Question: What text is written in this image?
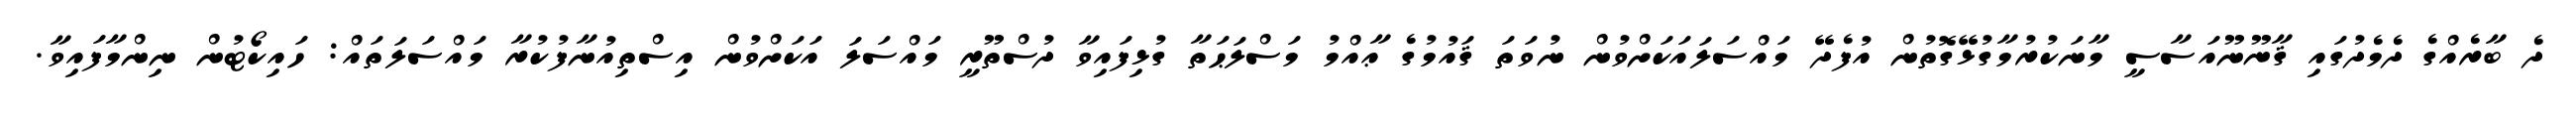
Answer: ދެ ބާރެއްގެ ދެމެދުގައި ޤާނޫނޫއަސާސީ މާނަކުރުމާގުޅޭގޮތުން އުފެދޭ މައްސަލައަކަށްވުން ނުވަތަ ޤައުމުގެ ޢާއްމު މަސްލަޙަތާ ގުޅިފައިވާ ދުސްތޫރީ މައްސަލަ އަކަށްވުން އިސްތިއުނާފުކުރާ މައްސަލަތައް: ހައިކޯޓުން ނިންމާފައިވާ.